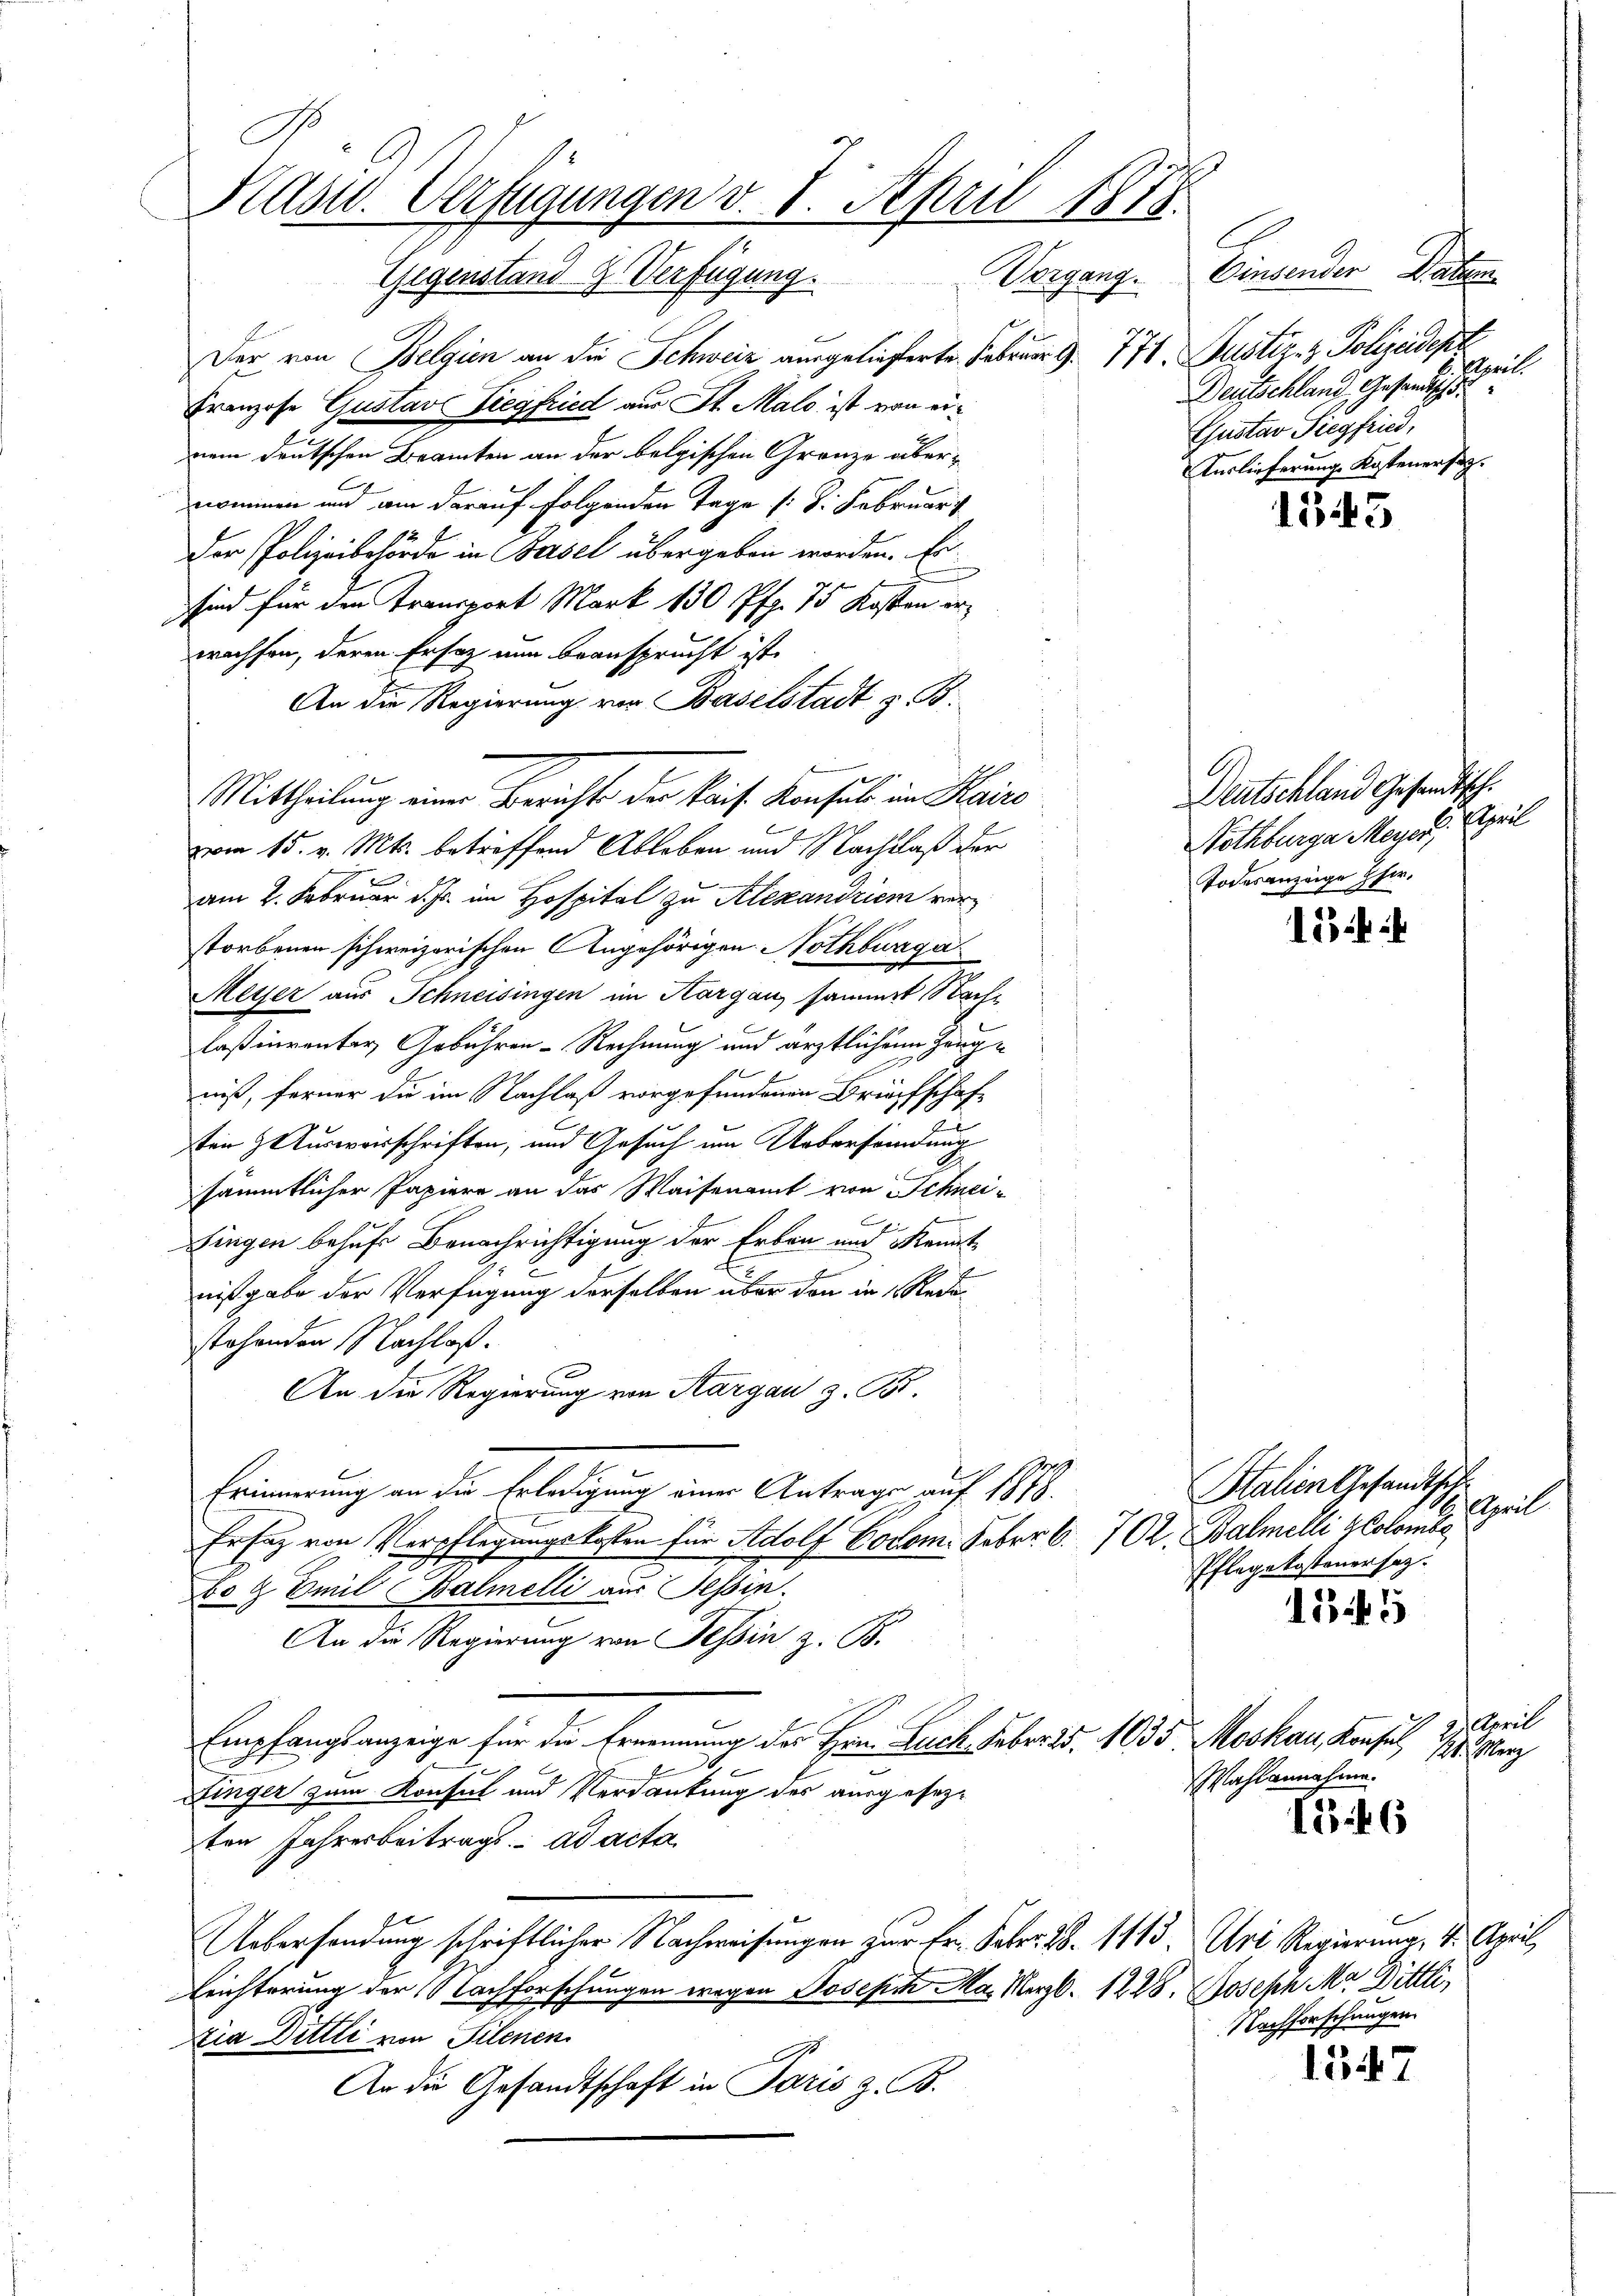
Kast. Verfügungen v. 8. April 1873.
Einsenden Datum
Vorgang.
Gegenstand 2. Verfügung.

Der von Belgien an die Schweiz ausgelieferte Februar 9. 777. Justiz- & Polizeidept
Franzose Gustav Siegfried aus St. Malo ist von einem deutschen Branten an der belgischen Gränze übernommen und am darauf folgenden Tage /: 8. Februar
der Polizeibehörde in Basel übergeben worden. Es
sind für den Transport Mark 130 Pfg. 75 Kosten erwachsen, deren Ersatz nun beansprucht ist.
An die Regierung von Baselstadt z. B.
vom 15. v. Mts. betreffend Ableben und Nachlaß der
am 2. Februar d. Js. im Hospital zu Alexandriem verstorbenen schweizerischen Angehörigen Nothburga
Meyer aus Schneisingen im Aargau sammt Nachlaßenrenter Gebühren - Rechnung und ärztlichen Hangniß, ferner du im Nachlaß vorgefundenen Briefschaft
ten & Auswarschriften, und Gesuch um Ueberfändung
sämmtlicher Papiere an das Waisenamt von Schnei-
Singen behufs Benachrichtigung der Erben und Mannte
nißgabe der Verfügung derselben über den in Redestehenden Nachlaß.
An die Regierung von Aargau z. B.
Erinnerung an die Erledigung einer Antrage auf 1878.
Er fez von Verpflegungskosten für Adolf Codom. Feber. C. 7 Ok. Balmelli Colombe
bo & Emil Balmelli aus Tessin.
An die Regierung von Tessin z. B.
Empfangsanzeige für die Ernennung des Hrn. Luch. Feber 15. 1035 Moskau, Konsul 1 Merz
Dinger zum Konsul und Verdankung des ausgesezten Jahresbeitrags. ad acta
Ueberhandung schriftlicher Nachweisungen zur Fr. Febr. 28. 1113, Uri Regierung, 1. April,
Erichterung der Nachforschungen wegen Joseph Ma. Merzl. 1228. Josehn Ma Dittli,
ia Dittli von Filenen
G.
An die Gesandtschaft in Paris z. B.

Mittheilung einer Berichts der kais. Konsul in Kaise

Etaill
Deutschland Gesandtsche
Gustav Siegfried,
Auslieferung Kostenersag.

e
Deutschland Gesandtsch.
Nothbürga Meyer. April
Todesanzeige Eher,

Stalien Gesandtsch
April
Pflegekostenersez

1343

i i

1545

etari
Wahlannahme.

1846

Nachforschungen

1347